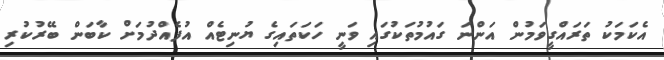
އެކަމަކު ތަރައްގީވަމުން އަންނަ ގައުމުތަކުގައި ވަނީ ހަކަތައިގެ ޔުނިޓެއް އުފެއްދުމަށް ކާބަން ބޭރުކުރި